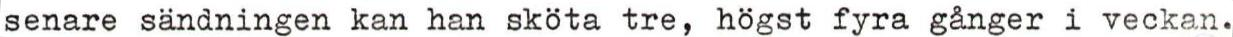
senare sändningen kan han sköta tre, högst fyra gånger i veckan.